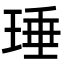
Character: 㻔